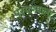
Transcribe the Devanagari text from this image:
परगण्याला